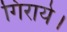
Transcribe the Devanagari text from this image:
गिराये।